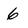
Character: 6